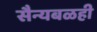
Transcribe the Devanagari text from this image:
सैन्यबळही